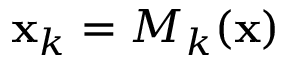
{ \bf x } _ { k } = M _ { k } ( { \bf x } )